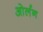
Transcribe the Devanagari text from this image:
ओर्लन